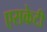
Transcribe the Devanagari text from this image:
एसकेटी